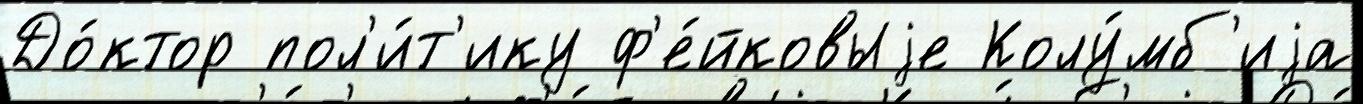
До́ктор пол'и́т'ику ф'е́йковыjе Колу́мб'иjа